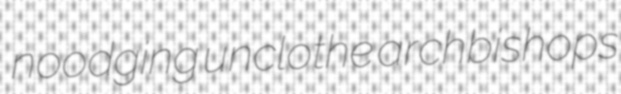
noodging unclothe archbishops